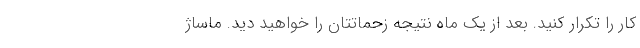
کار را تکرار کنید. بعد از یک ماه نتیجه زحماتتان را خواهید دید. ماساژ